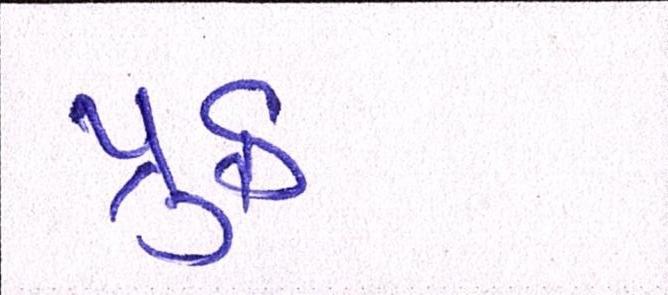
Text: પ્રુફ